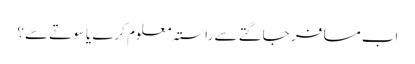
اب مسافر جاگتے سے راستہ معلوم کرے یا سوتے سے؟